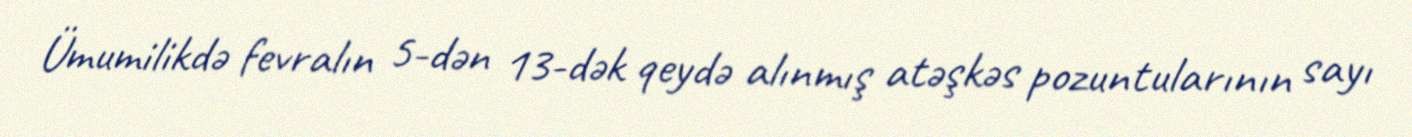
Ümumilikdə fevralın 5-dən 13-dək qeydə alınmış atəşkəs pozuntularının sayı